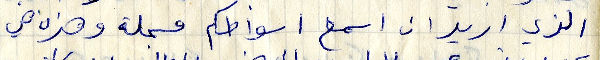
الذي اريد ان اسمع اسواطكم مسجلة وهذه هي